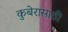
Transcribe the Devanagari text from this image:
कुबेरासाठी